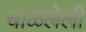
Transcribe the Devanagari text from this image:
चाळलेली